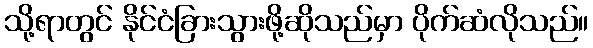
သို့ရာတွင် နိုင်ငံခြားသွားဖို့ဆိုသည်မှာ ပိုက်ဆံလိုသည်။